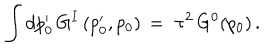
LaTeX: \qquad \int d p _ { 0 } ^ { \prime } \, G ^ { I } \, ( p _ { 0 } ^ { \prime } , p _ { 0 } ) \, = \, \, \tau ^ { 2 } \, G ^ { 0 } ( p _ { 0 } ) \, .